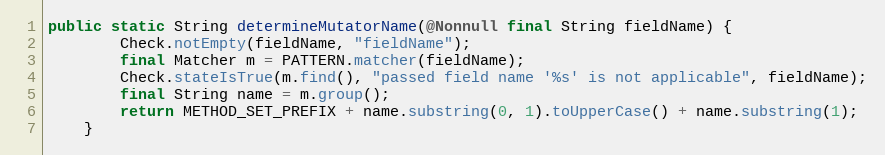
Language: Java
public static String determineMutatorName(@Nonnull final String fieldName) {
		Check.notEmpty(fieldName, "fieldName");
		final Matcher m = PATTERN.matcher(fieldName);
		Check.stateIsTrue(m.find(), "passed field name '%s' is not applicable", fieldName);
		final String name = m.group();
		return METHOD_SET_PREFIX + name.substring(0, 1).toUpperCase() + name.substring(1);
	}